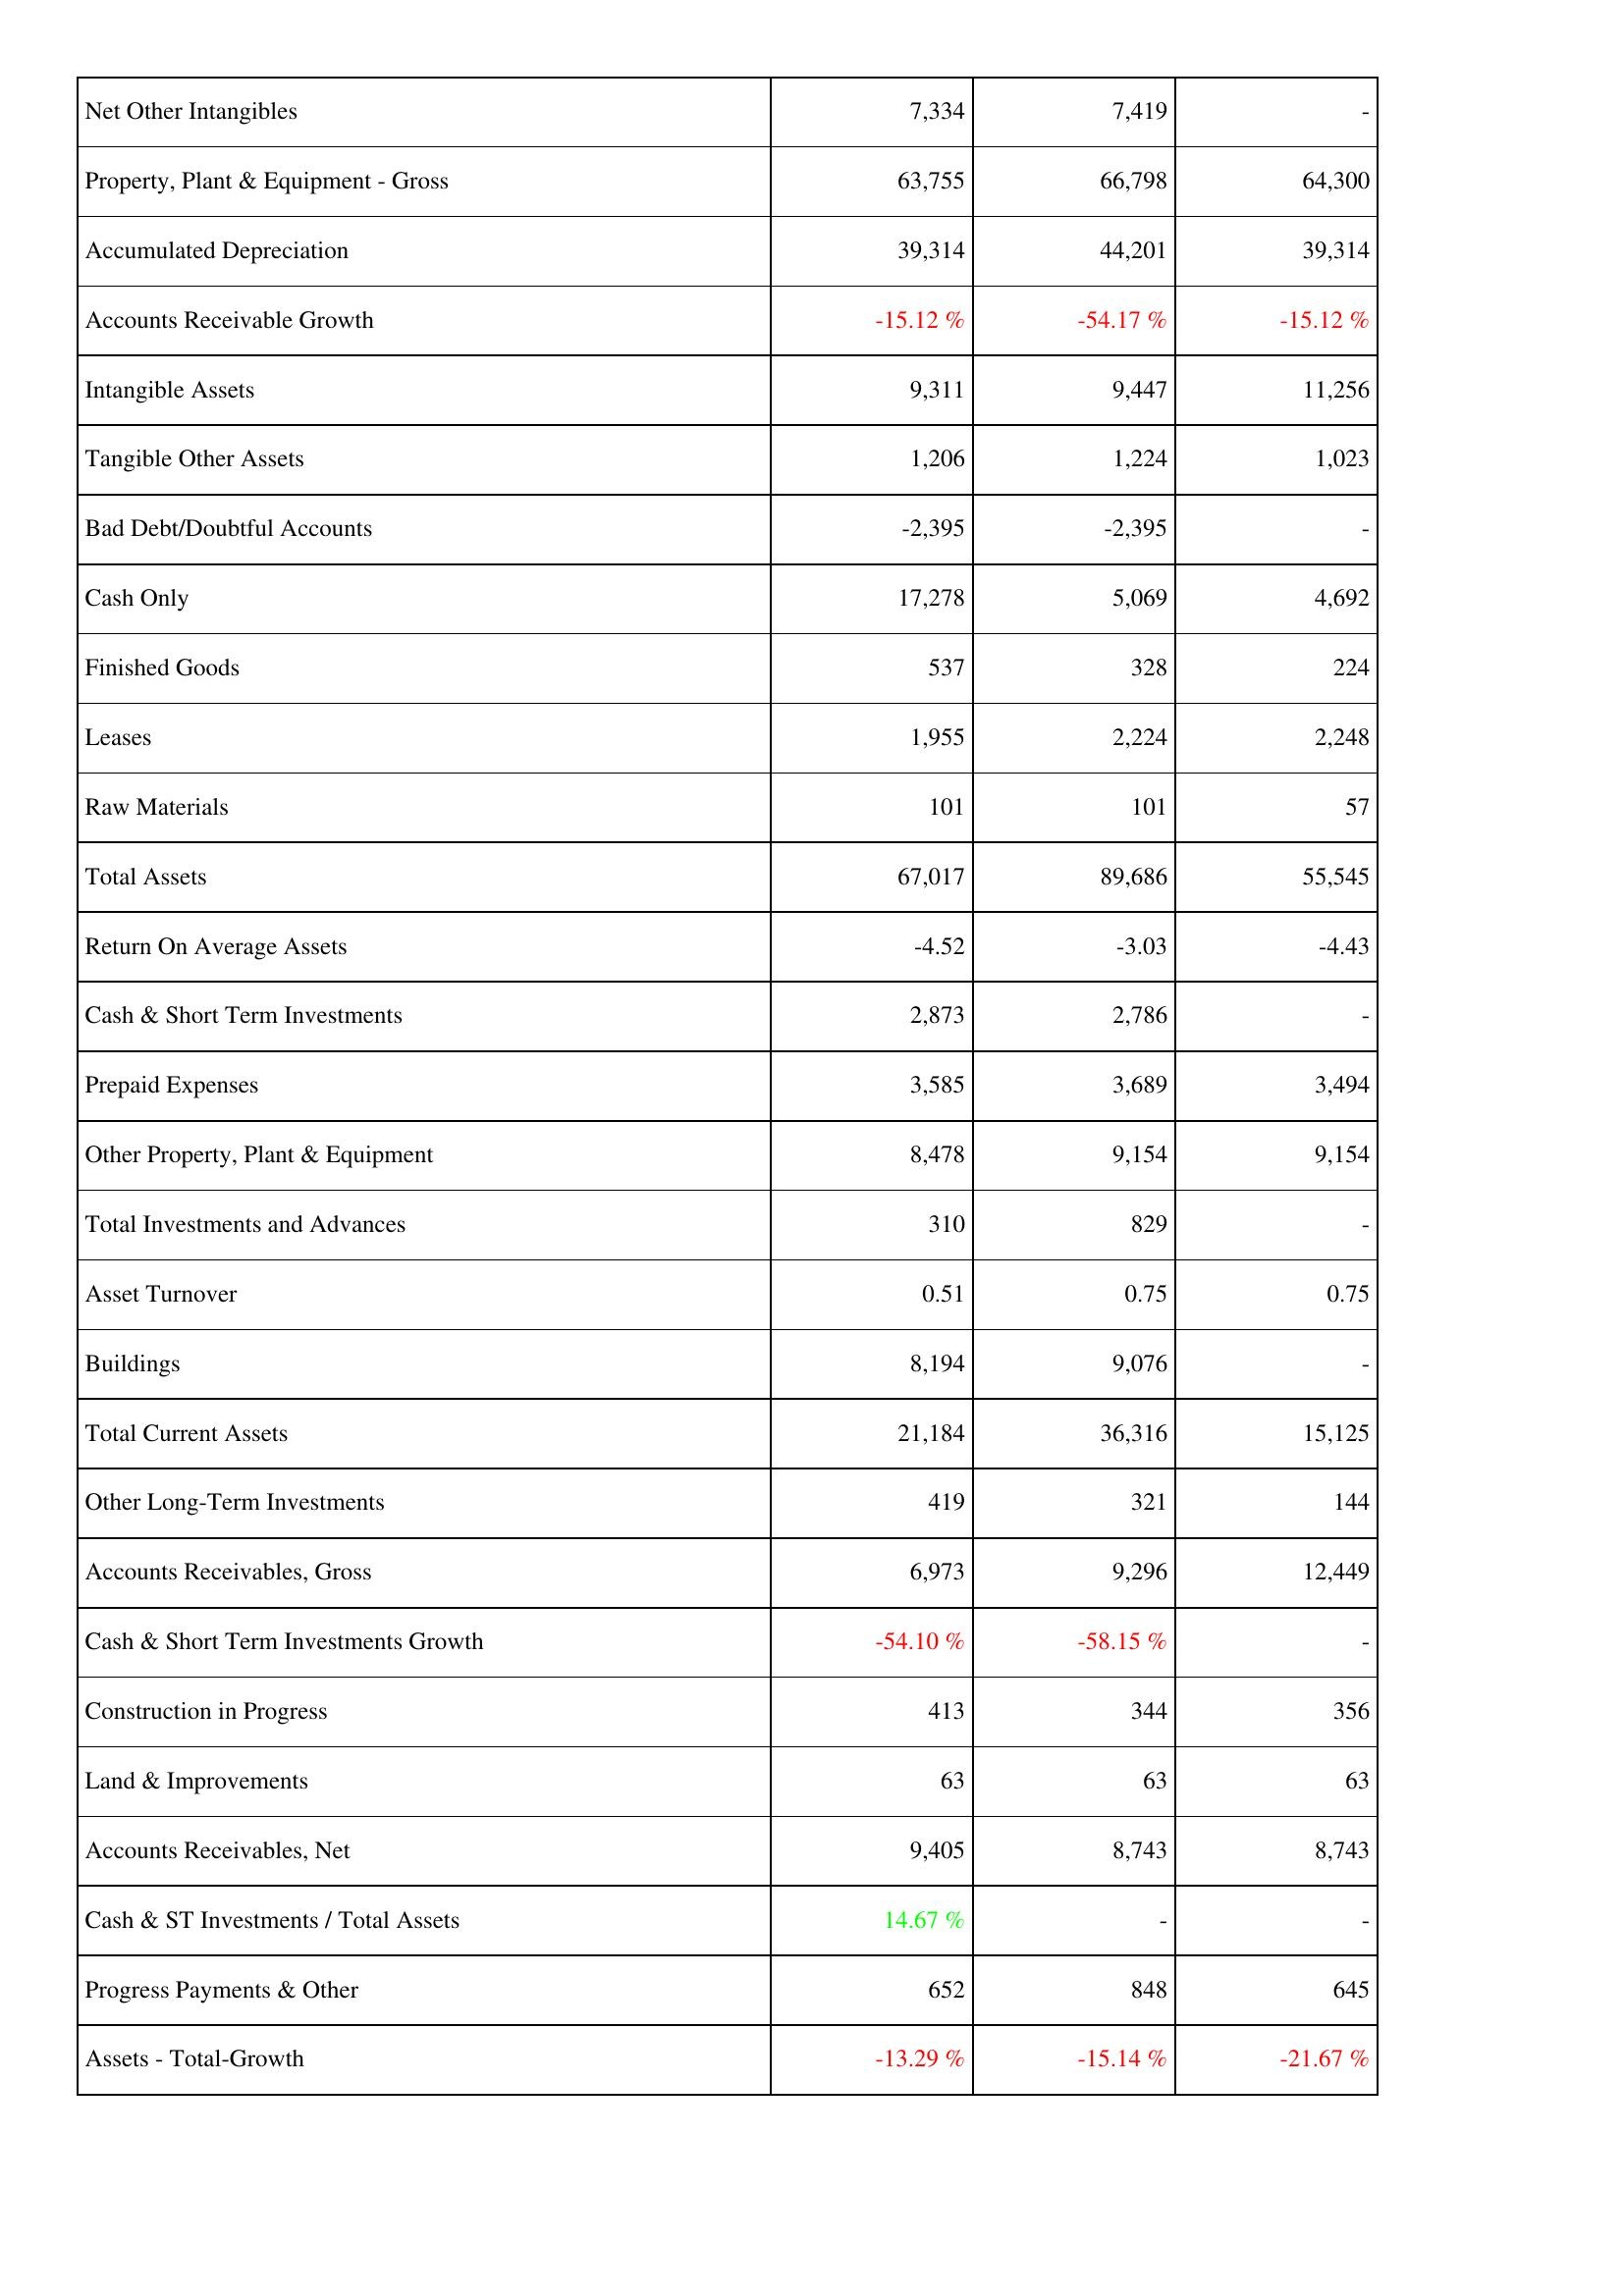
2018: Assets: Net Other Intangibles: 7,334
Property, Plant & Equipment - Gross: 63,755
Accumulated Depreciation: 39,314
Accounts Receivable Growth: -15.12 %
Intangible Assets: 9,311
Tangible Other Assets: 1,206
Bad Debt/Doubtful Accounts: -2,395
Cash Only: 17,278
Finished Goods: 537
Leases: 1,955
Raw Materials: 101
Total Assets: 67,017
Return On Average Assets: -4.52
Cash & Short Term Investments: 2,873
Prepaid Expenses: 3,585
Other Property, Plant & Equipment: 8,478
Total Investments and Advances: 310
Asset Turnover: 0.51
Buildings: 8,194
Total Current Assets: 21,184
Other Long-Term Investments: 419
Accounts Receivables, Gross: 6,973
Cash & Short Term Investments Growth: -54.10 %
Construction in Progress: 413
Land & Improvements: 63
Accounts Receivables, Net: 9,405
Cash & ST Investments / Total Assets: 14.67 %
Progress Payments & Other: 652
Assets - Total-Growth: -13.29 %
2017: Assets: Net Other Intangibles: 7,419
Property, Plant & Equipment - Gross: 66,798
Accumulated Depreciation: 44,201
Accounts Receivable Growth: -54.17 %
Intangible Assets: 9,447
Tangible Other Assets: 1,224
Bad Debt/Doubtful Accounts: -2,395
Cash Only: 5,069
Finished Goods: 328
Leases: 2,224
Raw Materials: 101
Total Assets: 89,686
Return On Average Assets: -3.03
Cash & Short Term Investments: 2,786
Prepaid Expenses: 3,689
Other Property, Plant & Equipment: 9,154
Total Investments and Advances: 829
Asset Turnover: 0.75
Buildings: 9,076
Total Current Assets: 36,316
Other Long-Term Investments: 321
Accounts Receivables, Gross: 9,296
Cash & Short Term Investments Growth: -58.15 %
Construction in Progress: 344
Land & Improvements: 63
Accounts Receivables, Net: 8,743
Cash & ST Investments / Total Assets: -
Progress Payments & Other: 848
Assets - Total-Growth: -15.14 %
2016: Assets: Net Other Intangibles: -
Property, Plant & Equipment - Gross: 64,300
Accumulated Depreciation: 39,314
Accounts Receivable Growth: -15.12 %
Intangible Assets: 11,256
Tangible Other Assets: 1,023
Bad Debt/Doubtful Accounts: -
Cash Only: 4,692
Finished Goods: 224
Leases: 2,248
Raw Materials: 57
Total Assets: 55,545
Return On Average Assets: -4.43
Cash & Short Term Investments: -
Prepaid Expenses: 3,494
Other Property, Plant & Equipment: 9,154
Total Investments and Advances: -
Asset Turnover: 0.75
Buildings: -
Total Current Assets: 15,125
Other Long-Term Investments: 144
Accounts Receivables, Gross: 12,449
Cash & Short Term Investments Growth: -
Construction in Progress: 356
Land & Improvements: 63
Accounts Receivables, Net: 8,743
Cash & ST Investments / Total Assets: -
Progress Payments & Other: 645
Assets - Total-Growth: -21.67 %